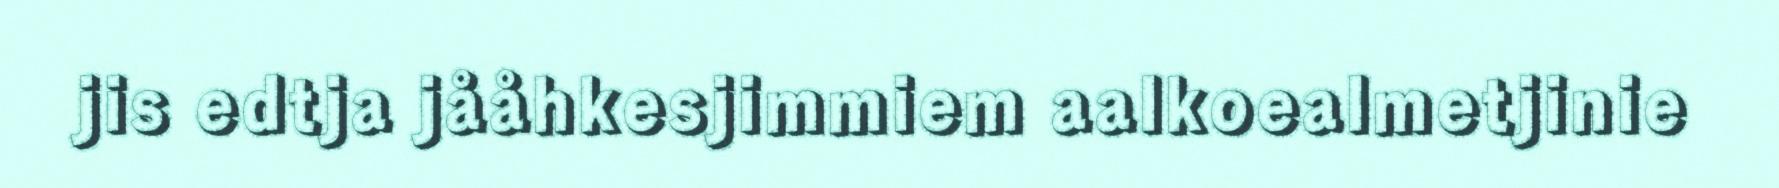
jis edtja jååhkesjimmiem aalkoealmetjinie